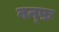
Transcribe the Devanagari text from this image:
नन्फ़